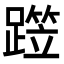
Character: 𨅁